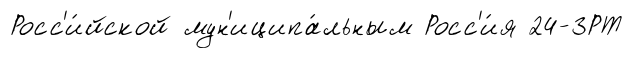
Росс'и́йской мун'иципа́льным Росс'и́я 24-ЗРТ